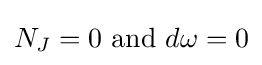
N_{J}=0{\mbox{ and }}d\omega =0